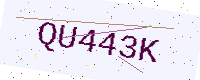
Text: QU443K